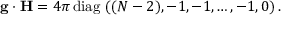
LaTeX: { \bf g } \cdot { \bf H } = { 4 \pi } \, \mathrm { d i a g } \, \, ( ( N - 2 ) , - 1 , - 1 , \dots , - 1 , 0 ) \, .